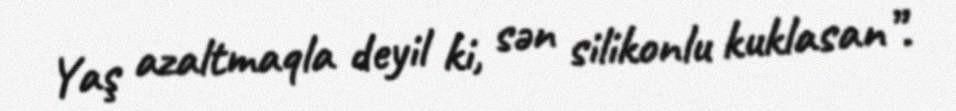
Yaş azaltmaqla deyil ki, sən silikonlu kuklasan”.